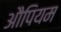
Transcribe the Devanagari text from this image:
औपियम